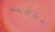
يتجمد